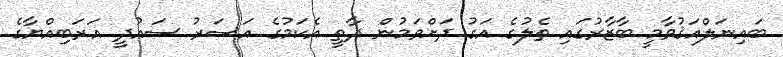
ބައިނަލްއަޤުވާމީ ބާޒާރުގައި ތެލުގެ އަގު ދަށްވަމުން ދާތީ އެކަމުގެ އަސަރު ސައުދީ އަރަބިއްޔާގެ